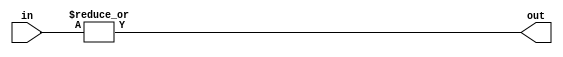
module or_gate(
    input [3:0] in,
    output reg out
);

always @(*)
begin
    out = |in;
end

endmodule